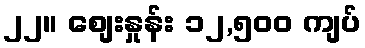
၂၂။ စျေးနှုန်း ၁၂,၅၀၀ ကျပ်